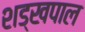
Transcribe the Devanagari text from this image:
शड्खपाल